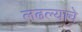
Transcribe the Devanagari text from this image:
लढल्याचे